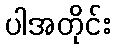
ပါအတိုင်း